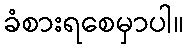
ခံစားရစေမှာပါ။